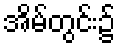
အိမ်တွင်း၌